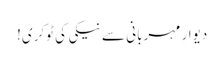
دیوارِ مہربانی سے نیکی کی ٹوکری!